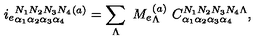
i _ { e } { } _ { \alpha _ { 1 } \alpha _ { 2 } \alpha _ { 3 } \alpha _ { 4 } } ^ { N _ { 1 } N _ { 2 } N _ { 3 } N _ { 4 } } { } ^ { ( a ) } = \sum _ { \Lambda } \ M _ { e } { } _ { \Lambda } ^ { ( a ) } \ { C } _ { \alpha _ { 1 } \alpha _ { 2 } \alpha _ { 3 } \alpha _ { 4 } } ^ { N _ { 1 } N _ { 2 } N _ { 3 } N _ { 4 } \Lambda } ,